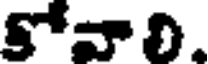
కోవాలి.